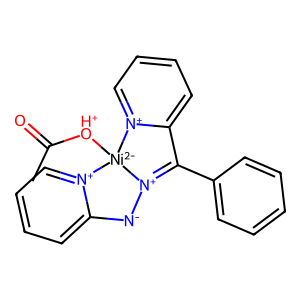
SMILES: CC(=O)[OH+][Ni-2]12[N+](=C(c3ccccc3)c3cccc[n+]31)[N-]c1cccc[n+]12
Inhibits HIV replication: No